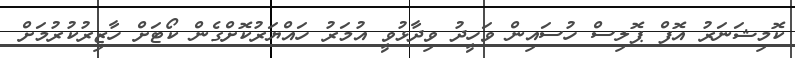
ކޮމިޝަނަރު އޮފް ޕޮލިސް ހުސައިން ވަހީދު ވިދާޅުވީ އުމަރު ހައްޔަރުކޮށްގެން ކޯޓަށް ހާޒިރުކުރުމަށް